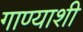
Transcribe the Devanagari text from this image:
गाण्याशी